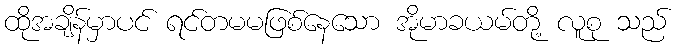
ထိုအချိန်မှာပင် ရင်တမမဖြစ်နေသော အိုမာခယမ်တို့ လူစု သည်